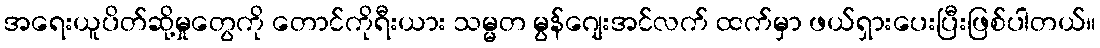
အရေးယူပိတ်ဆို့မှုတွေကို တောင်ကိုရီးယား သမ္မတ မွန်ဂျေးအင်လက် ထက်မှာ ဖယ်ရှားပေးပြီးဖြစ်ပါတယ်။